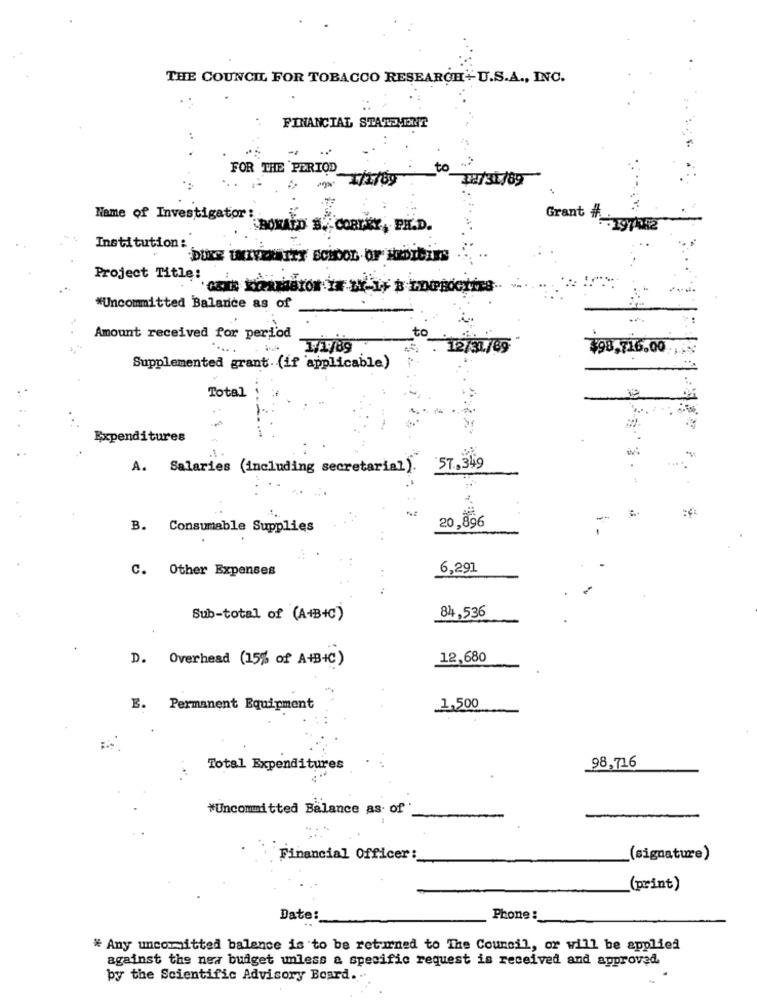
THE COUNCIL FOR TOBACCO RESEARCH+U.S.A ., INC.
FINANCIAL STATS,ONY
FOR THE PERIOD_
to
1/1769
-
72/31/89
Name of Investigator:
BONALD S. CORTEY, PH.D.
Grant #:5 197052
Institution :
Project Title:
*Uncommitted Balance as of
to
Amount received for peri'od
- 12/31/89
$98,716.00
Supplemented grant (if applicable)
Total
Expenditures
-
A. Salaries (including secretarial). 57.349
B. Consumable Supplies
20,896
C. Other Expenses
:
6,291
84,536
Sub-total of (A+B+C)
D. Overhead (15% of A+B+C)
12,680
E. Permanent Equipment
1,500
Total Expenditures
98,71.6
#Uncommitted Balance as- of
Financial Officer :
(signature)
(print)
Date:
Phone :
* Any uncommitted balance is to be returned to The Council, or will be applied
against the new budget unless a specific request is received and approved.
by the Scientific Advisory Board ...